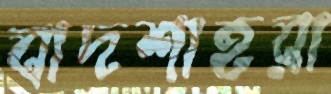
বাদশাহরা